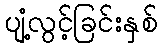
ပျံ့လွင့်ခြင်းနှစ်